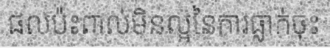
ផលប៉ះពាល់មិនល្អនៃការធ្លាក់ចុះ